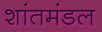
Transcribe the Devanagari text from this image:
शांतमंडल